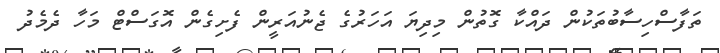
ތަފާސްހިސާބުތަކުން ދައްކާ ގޮތުން މިދިޔަ އަހަރުގެ ޖެނުއަރީން ފެށިގެން އޮގަސްޓް މަހާ ދެމެދު